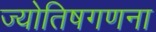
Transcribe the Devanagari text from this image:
ज्योतिषगणना